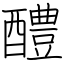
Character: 醴